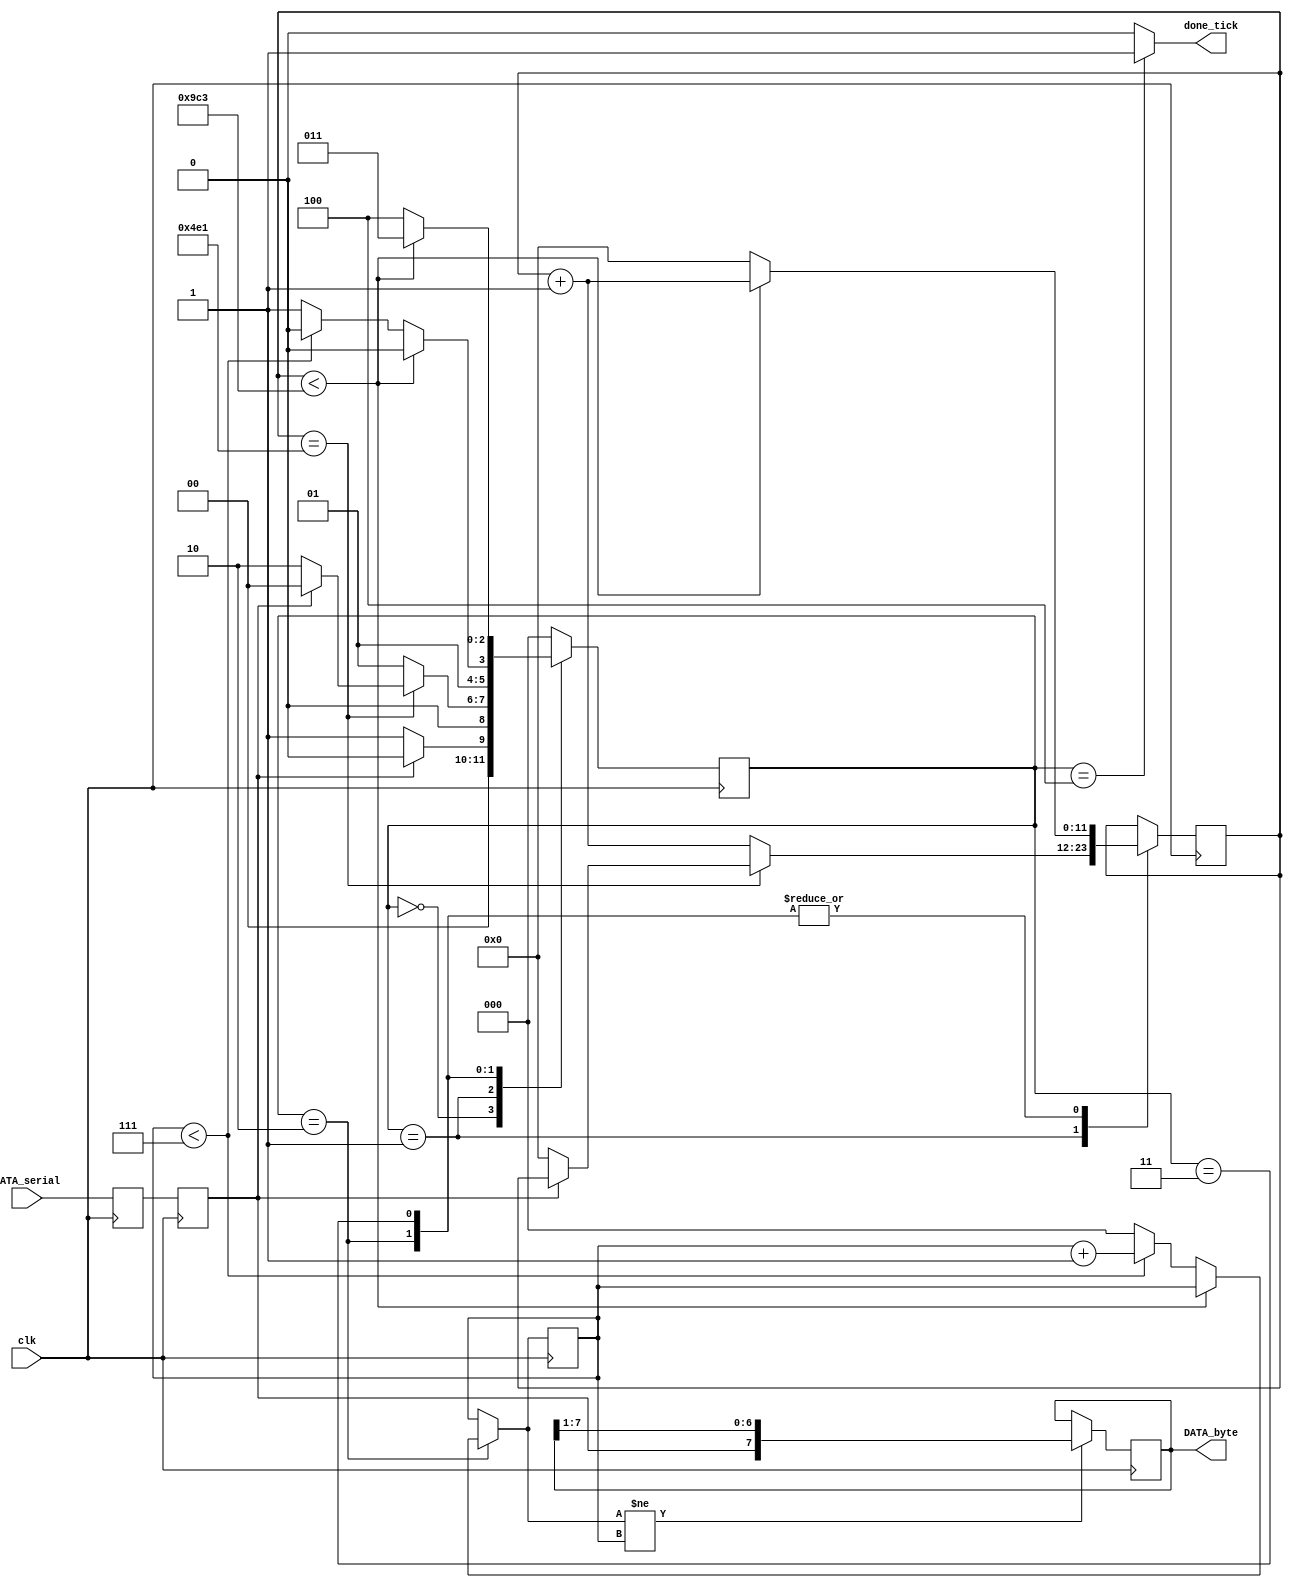
`timescale 1ns / 100ps

module UART_receiver
#(parameter FREQ = 24_000_000,
            BAUD_RATE = 9600)
(
    input wire clk,
    input wire DATA_serial,
    
   // output reg data_bit = 0, 
   // output reg data_bit2 = 0,
    //output reg [2:0] STATE_reg = 0,
   //output reg [11:0] clk_counter_reg = 0,
   //output reg [2:0] bit_index_reg = 0,
    
    output reg done_tick = 0,
    output wire [7:0] DATA_byte

    );
    
//signal declaration
reg [11:0] clk_counter_reg = 0;
reg [11:0] clk_counter_next;
reg data_bit, data_bit2;
reg [2:0] bit_index_reg = 0;
reg [2:0] bit_index_next;
reg [7:0] byte_bit = 0;
reg [2:0] STATE_reg = 0;
reg [2:0] STATE_next;

//dowble register body
always @(posedge clk)
  begin
    data_bit2 <= DATA_serial;
    data_bit <= data_bit2;
    STATE_reg <= STATE_next;
    clk_counter_reg <= clk_counter_next;
    bit_index_reg <= bit_index_next;
    
    //byte_bit[bit_index_next] <= data_bit;
    if (bit_index_next != bit_index_reg) byte_bit <= {data_bit, byte_bit[7:1]};
  end

//state declaration
localparam [2:0] IDLE = 3'b000,
                 START_BIT = 3'b001,
                 DATA_TRANSFER = 3'b010,
                 STOP_BIT = 3'b011,
                 DONE = 3'b100;
                 
//------------FSM BODY---------------
always @*
  begin
    done_tick = 0;
    clk_counter_next = clk_counter_reg;
    bit_index_next = bit_index_reg;
    STATE_next = STATE_reg;
  
  
      case (STATE_reg) IDLE: begin
                           //waiting start_bit
                               if (data_bit == 0) 
                                 STATE_next = START_BIT;
                               else
                                 STATE_next = IDLE;
                             end
                       
           START_BIT: begin
                      //check the midle of start_bit
                        if (clk_counter_next == ((FREQ/2/BAUD_RATE)-1)) 
                          if (data_bit == 0) begin 
                            clk_counter_next = 0; //midle of input_bit duration
                            STATE_next = DATA_TRANSFER; end
                          else 
                            STATE_next = IDLE; 
                        else begin
                          clk_counter_next = clk_counter_reg + 1;
                          STATE_next = START_BIT;
                        end
                      end
                      
       DATA_TRANSFER: begin
                      // receive 8 bit of data
                        if (clk_counter_next < ((FREQ/BAUD_RATE)-1)) begin
                          clk_counter_next = clk_counter_reg + 1;  
                          STATE_next = DATA_TRANSFER; end
                        else begin
                          clk_counter_next = 0;
                      //    byte_bit[bit_index_next] = data_bit;
                            if (bit_index_next < 7) begin
                              bit_index_next = bit_index_reg + 1;
                              STATE_next = DATA_TRANSFER; end
                            else begin
                              bit_index_next = 0;
                              STATE_next = STOP_BIT; end
                        end
                     end
                     
           STOP_BIT: begin
                     // receive stop-bit
                       if (clk_counter_next < ((FREQ/BAUD_RATE)-1)) begin
                         clk_counter_next = clk_counter_reg + 1;
                         STATE_next = STOP_BIT; end
                       else begin
                        // done_tick = 1;
                         clk_counter_next = 0;
                         STATE_next = DONE; end
                     end
                     
           DONE: begin
                     //waiting 1 clk cycle
                     done_tick = 1;
                     STATE_next = IDLE;
                     end
                     
             default: STATE_next = IDLE;
  endcase
end
   
   
assign DATA_byte = byte_bit;   
                                            
    
endmodule